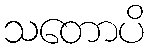
သတောပိ